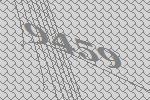
9459